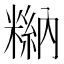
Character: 𥻻